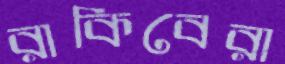
রাকিবেরা